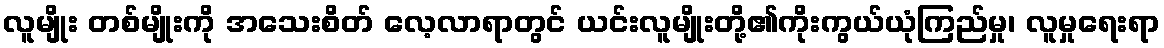
လူမျိုး တစ်မျိုးကို အသေးစိတ် လေ့လာရာတွင် ယင်းလူမျိုးတို့၏ကိုးကွယ်ယုံကြည်မှု၊ လူမှုရေးရာ